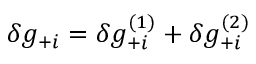
\delta g _ { + i } = \delta g _ { + i } ^ { ( 1 ) } + \delta g _ { + i } ^ { ( 2 ) }